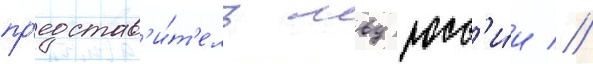
пр'едстав'и́т'ель мвд росс'и́и //